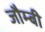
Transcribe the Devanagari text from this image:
जौम्बी